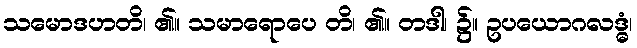
သမောဒဟတိ၊ ၏။ သမာရောပေ တိ၊ ၏။ တဒါ၊ ၌။ ဥပယောဂလဒ္ဓံ၊